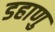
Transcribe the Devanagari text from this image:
डहाणु